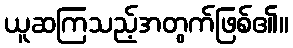
ယူဆကြသည့်အတွက်ဖြစ်၏။